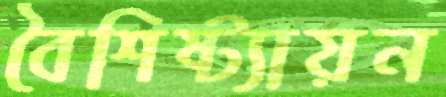
বৈশিষ্ট্যায়ন